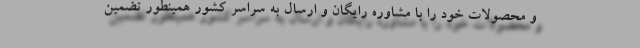
و محصولات خود را با مشاوره رایگان و ارسال به سراسر کشور همینطور تضمین